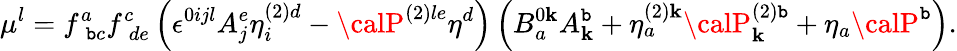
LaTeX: \mu^{l}=f_{\; \mathtt{b}c}^{a}f_{\; de}^{c}\left(\epsilon^{0ijl}A_{j}^{e}\eta_{i}^{\left(2\right)d}-{\calP}^{\left(2\right)le}\eta^{d}\right)\left(B_{a}^{0\mathbf{k}}A_{\mathbf{k}}^{\mathtt{b}}+\eta_{a}^{\left(2\right)\mathbf{k}}{\calP}_{\mathbf{k}}^{\left(2\right)\mathtt{b}}+\eta_{a}{\calP}^{\mathtt{b}}\right).